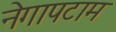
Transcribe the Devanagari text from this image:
नेगापटाम